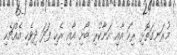
މުރަނގަތޮޅި ރިހަ އާއި ހަނާކުރި ބޯށި އާއި ރެހި ފަދަ ދިވެހި އެއްޗެހި